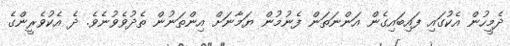
ދެމީހުން އެކުގައި ފައިބައިގެން އަންނަތަން ފެނުމުން ޔަމާނަށް އިންތަނުން ތެދުވެވުނެވެ. ދެ އެކުވެރީންގެ